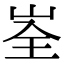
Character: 峑